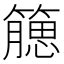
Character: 𥵖